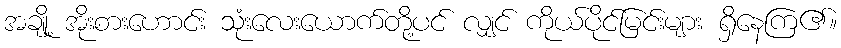
အချို့ အိုးစားဟောင်း သုံးလေးယောက်တို့ပင် လျှင် ကိုယ်ပိုင်မြင်းများ ရှိနေကြ၏။